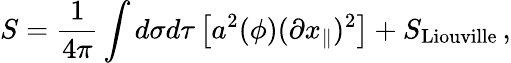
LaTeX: S=\frac{1}{4\pi}\int d\sigma d\tau\left[a^{2}(\phi)(\partial x_{\parallel})^{2}\right]+S_{\mathrm{Liouville}}\, ,